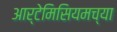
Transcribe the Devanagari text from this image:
आर्टेमिसियमच्या